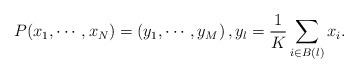
LaTeX: \begin{align*}P (x_1, \cdots, x_N ) = \left( y_1, \cdots, y_M \right), y_l = \frac{1}{K} \sum_{i \in B(l)} x_i.\end{align*}